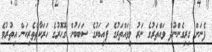
ފެނަށް ގިރިގެންނުދާ ވައްތަރުގެ ނަރު މިވައްތަރުގެ ފައިބަރުގެ ސަބަބުން ގޮހޮރުގެ ހަރަކާތްތެރިކަން އިތުރުވެ